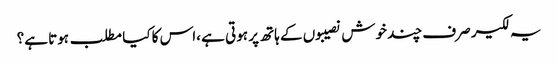
یہ لکیر صرف چند خوش نصیبوں کے ہاتھ پر ہوتی ہے ،اس کا کیا مطلب ہوتا ہے؟